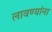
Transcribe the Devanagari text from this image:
लावण्यांना